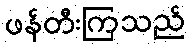
ဖန်တီးကြသည်